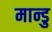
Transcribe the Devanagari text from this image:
मान्डु